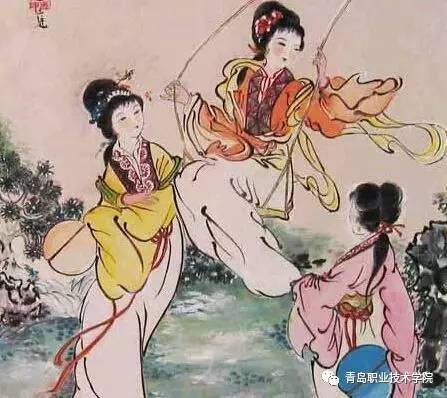
万条千缕绿相迎。舞烟眠雨过清明。